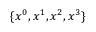
\{ x ^ { 0 } , x ^ { 1 } , x ^ { 2 } , x ^ { 3 } \}